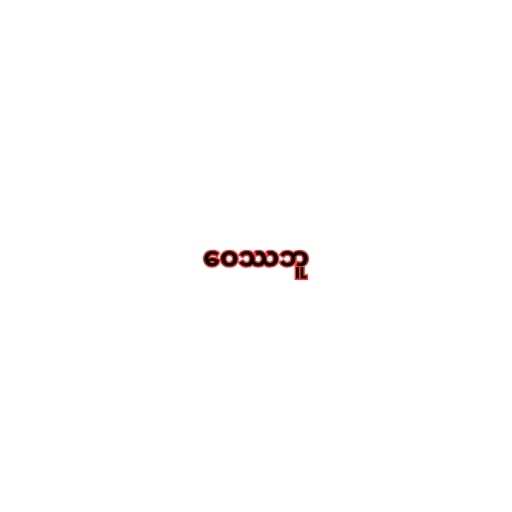
ဝေဿဘူ